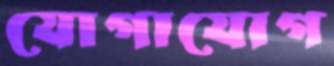
যোগাযোগ